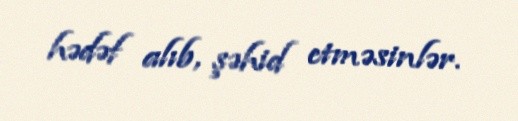
hədəf alıb, şəhid etməsinlər.